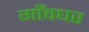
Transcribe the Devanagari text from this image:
गाँवघर